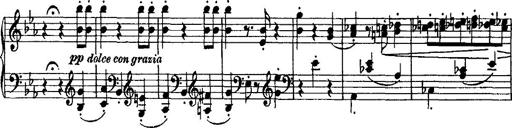
Title: Grande valse di bravura
Composer: Franz Liszt